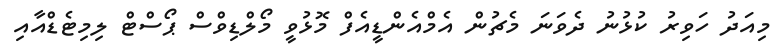
މިއަދު ހަވިރު ކުޅުނު ދެވަނަ މެޗުން އެމްއެންޑީއެފް މޮޅުވީ މޯލްޑިވްސް ޕޯސްޓް ލިމިޓެޑްއާއި